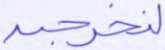
لنخرجن